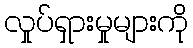
လှုပ်ရှားမှုများကို